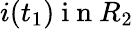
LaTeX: i(t_{1})\mathrm{~i~n~}R_{2}